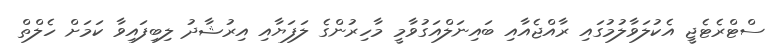
ސްޓްރެޓެޖީ އެކުލަވާލުމުގައި ރާއްޖެއާއި ބައިނަލްއަގުވާމީ މާހިރުންގެ ލަފަޔާއި އިރުޝާދު ލިބިފައިވާ ކަމަށް ހެލްތް